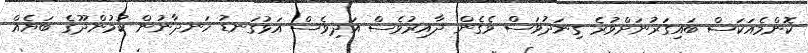
ކޮންމެއަކަސް ބައިގަރުނަށްވުރެ ގިނަދުވަސް ވެގެން ދާއިރުވެސް އަދިވެސް އަޅުގަނޑު ހަނދާނުން ކުމުންދޫގެ ބަޔެއް